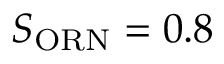
S _ { \mathrm { O R N } } = 0 . 8